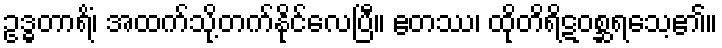
ဥဒ္ဓတာရိံ၊ အထက်သို့တက်နိုင်လေပြီ။ ဧတဿ၊ ထိုတိရိဋဝစ္ဆရသေ့၏။